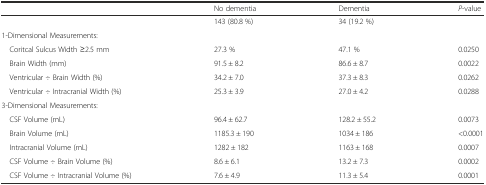
<table><thead><tr><td></td><td><b>No dementia</b></td><td><b>Dementia</b></td><td><b><i>P</i>-value</b></td></tr></thead><tbody><tr><td></td><td>143 (80.8 %)</td><td>34 (19.2 %)</td><td></td></tr><tr><td>1-Dimensional Measurements:</td><td></td><td></td><td></td></tr><tr><td> Coritcal Sulcus Width ≥2.5 mm</td><td>27.3 %</td><td>47.1 %</td><td>0.0250</td></tr><tr><td> Brain Width (mm)</td><td>91.5 ± 8.2</td><td>86.6 ± 8.7</td><td>0.0022</td></tr><tr><td> Ventricular ÷ Brain Width (%)</td><td>34.2 ± 7.0</td><td>37.3 ± 8.3</td><td>0.0262</td></tr><tr><td> Ventricular ÷ Intracranial Width (%)</td><td>25.3 ± 3.9</td><td>27.0 ± 4.2</td><td>0.0288</td></tr><tr><td>3-Dimensional Measurements:</td><td></td><td></td><td></td></tr><tr><td> CSF Volume (mL)</td><td>96.4 ± 62.7</td><td>128.2 ± 55.2</td><td>0.0073</td></tr><tr><td> Brain Volume (mL)</td><td>1185.3 ± 190</td><td>1034 ± 186</td><td>&lt;0.0001</td></tr><tr><td> Intracranial Volume (mL)</td><td>1282 ± 182</td><td>1163 ± 168</td><td>0.0007</td></tr><tr><td> CSF Volume ÷ Brain Volume (%)</td><td>8.6 ± 6.1</td><td>13.2 ± 7.3</td><td>0.0002</td></tr><tr><td> CSF Volume ÷ Intracranial Volume (%)</td><td>7.6 ± 4.9</td><td>11.3 ± 5.4</td><td>0.0001</td></tr></tbody></table>